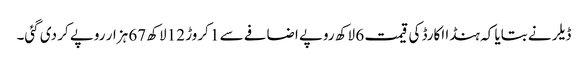
ڈیلر نے بتایا کہ ہنڈا اکارڈ کی قیمت 6 لاکھ روپے اضافے سے 1 کروڑ 12 لاکھ 67 ہزار روپے کر دی گئی۔